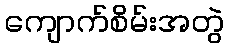
ကျောက်စိမ်းအတွဲ